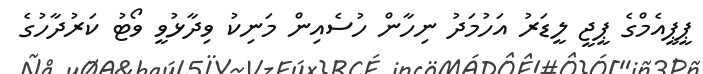
ޕީޕީއެމްގެ ޕީޖީ ލީޑަރު އަހުމަދު ނިހާން ހުސެއިން މަނިކު ވިދާޅުވީ ވޯޓު ކަރުދާހުގެ